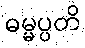
ဓမ္မပ္ပတိ